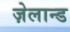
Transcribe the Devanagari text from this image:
ज़ेलान्ड